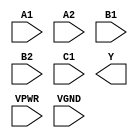
module sky130_fd_sc_hs__o221ai (
    //# {{data|Data Signals}}
    input  A1  ,
    input  A2  ,
    input  B1  ,
    input  B2  ,
    input  C1  ,
    output Y   ,

    //# {{power|Power}}
    input  VPWR,
    input  VGND
);
endmodule